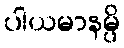
ပါယမာနမ္ပိ